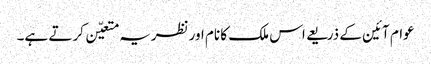
عوام آئین کے ذریعے اس ملک کا نام اورنظریہ متعیّن کرتے ہے۔